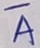
Text: A